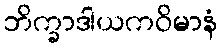
ဘိက္ခာဒါယကဝိမာနံ